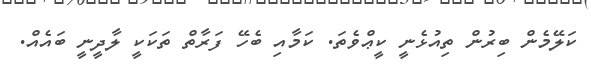
ކަލޭމެން ބިރުން ތިއުޅެނީ ކީޢްވެތަ. ކަމާއި ބެހޭ ފަރާތް ތަކަކީ ލާދީނީ ބައެއް.